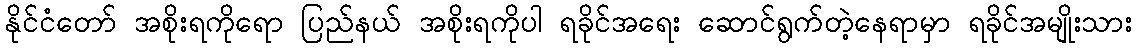
နိုင်ငံတော် အစိုးရကိုရော ပြည်နယ် အစိုးရကိုပါ ရခိုင်အရေး ဆောင်ရွက်တဲ့နေရာမှာ ရခိုင်အမျိုးသား